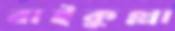
বাইকুল্লা